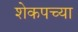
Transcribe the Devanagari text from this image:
शेकपच्या